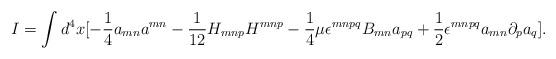
LaTeX: \begin{align*}I = \int d^4 x [-\frac{1}{4}a_{mn}a^{mn} - \frac{1}{12}H_{mnp}H^{mnp} - \frac{1}{4}\mu\epsilon^{mnpq}B_{mn}a_{pq} + \frac{1}{2}\epsilon^{mnpq}a_{mn}\partial_p a_q].\end{align*}